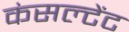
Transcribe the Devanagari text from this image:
कंसल्‍टेंट